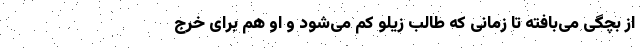
از بچگی می‌بافته تا زمانی که طالب زیلو کم می‌شود و او هم برای خرج